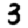
Digit: 3